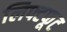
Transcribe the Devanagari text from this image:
लिफ्टफूट